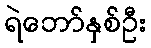
ရဲဘော်နှစ်ဦး